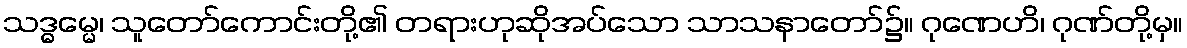
သဒ္ဓမ္မေ၊ သူတော်ကောင်းတို့၏ တရားဟုဆိုအပ်သော သာသနာတော်၌။ ဂုဏေဟိ၊ ဂုဏ်တို့မှ။